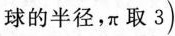
球的半径，π取3